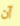
آن